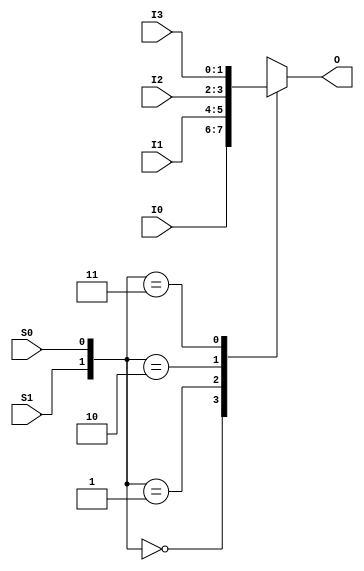
`timescale 1ns / 1ps
//////////////////////////////////////////////////////////////////////////////////
// Company: 
// Engineer: 
// 
// Design Name: 
// Module Name: fourToOneMUX
// Project Name: 
// Target Devices: 
// Tool Versions: 
// Description: 
// 
// Dependencies: 
// 
// Revision:
// Revision 0.01 - File Created
// Additional Comments:
// 
//////////////////////////////////////////////////////////////////////////////////


module fourToOneMUX(
    input wire [1:0] I0,I1,I2,I3,
    input wire S0,S1,
    output reg [1:0] O
    );

    
        always @ (*) begin
    
        case({S1, S0})
            3'b00 : O = I0;
            3'b01 : O = I1;
            3'b10 : O = I2;
            3'b11 : O = I3;
        endcase
    end
    
    
endmodule